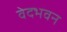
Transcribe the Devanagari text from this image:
वेदभवन